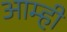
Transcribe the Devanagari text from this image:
आम्‍ही